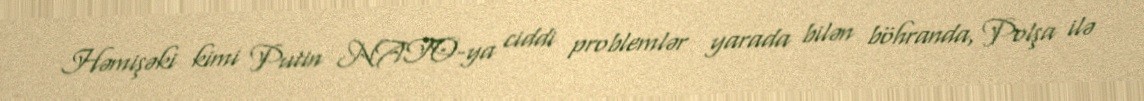
Həmişəki kimi Putin NATO-ya ciddi problemlər yarada bilən böhranda, Polşa ilə